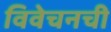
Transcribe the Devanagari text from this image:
विवेचनची